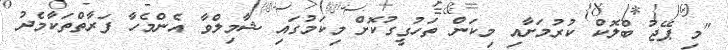
"މި ޕޭޖު ބްލޮކް ކުރުމަށާއި މިކަން ތަހުގީގުކޮށް މިކަމުގައި ޝާމިލްވާ އެންމެހާ ފަރާތްތަކާމެދު